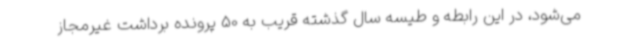
می‌شود، در این رابطه و طیسه سال گذشته قریب به 50 پرونده برداشت غیرمجاز